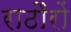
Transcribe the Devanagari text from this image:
राठौरों